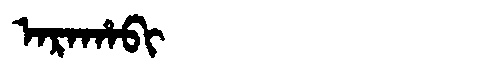
Manchu: ᠠᡵᠠᡥᠠᠪᡳ
Romanization: ARAHABI